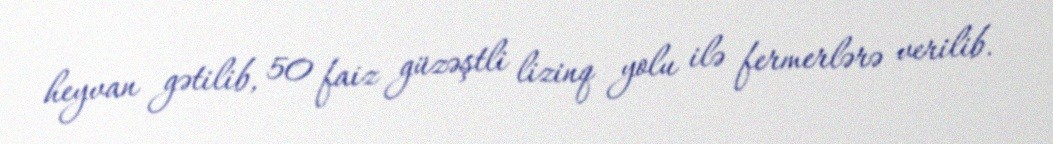
heyvan gətilib, 50 faiz güzəştli lizinq yolu ilə fermerlərə verilib.